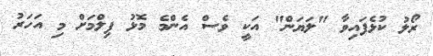
ރޯލު ކުޅެފައިވާ "ލަޔަން" އަކީ ވެސް އެންމެ މޮޅު ފިލްމަށް މި އަހަރު